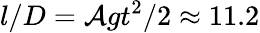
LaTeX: l/D=\mathcal{A}gt^{2}/2\approx 11.2